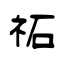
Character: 祏